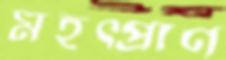
মহত্প্রাণ